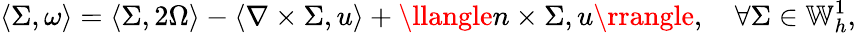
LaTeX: \langle\Sigma,\omega\rangle=\langle\Sigma,2\Omega\rangle-\langle\nabla\times\Sigma,u\rangle+\llangle n\times\Sigma,u\rrangle,\quad\forall\Sigma\in\mathbb{W}_{h}^{1},